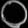
Digit: ၀